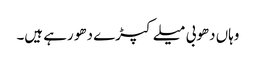
وہاں دھوبی میلے کپڑے دھو رہے ہیں۔